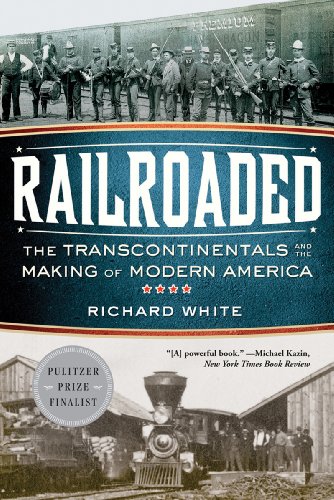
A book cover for Railroaded: The Transcontinentals and the Making of Modern America; Richard White; Engineering & Transportation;